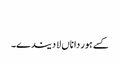
‏
کسے ہور دا ناں لا دیندے۔